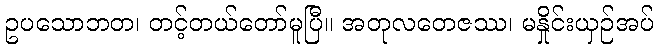
ဥပသောဘတ၊ တင့်တယ်တော်မူပြီ။ အတုလတေဇဿ၊ မနှိုင်းယှဉ်အပ်